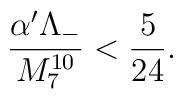
\frac{\alpha' \Lambda_{-}}{M_{7}^{10}} < \frac{5}{24}.